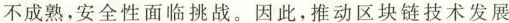
不成熟，安全性面临挑战。因此，推动区块链技术发展